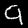
Label: 9